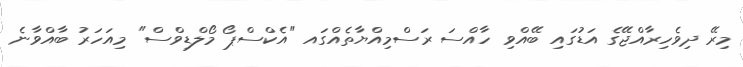
މިރޭ ދިވެހިރާއްޖޭގެ އަޑުގައި ބޭއްވި ހާއްސަ ރަސްމިއްޔާތެއްގައ "އެކްސްޕޯ މޯލްޑިވްސް" މިއަހަރު ބާއްވާނެ